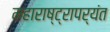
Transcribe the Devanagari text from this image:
महाराष्ट्रापर्यंत